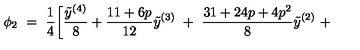
\phi _ { 2 } \ = \ \frac { 1 } { 4 } \bigg [ \frac { { \tilde { y } } ^ { ( 4 ) } } { 8 } + \frac { 1 1 + 6 p } { 1 2 } { \tilde { y } } ^ { ( 3 ) } \ + \ \frac { 3 1 + 2 4 p + 4 p ^ { 2 } } { 8 } { \tilde { y } } ^ { ( 2 ) } \ +